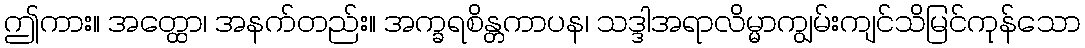
ဤကား။ အတ္ထော၊ အနက်တည်း။ အက္ခရစိန္တကာပန၊ သဒ္ဒါအရာလိမ္မာကျွမ်းကျင်သိမြင်ကုန်သော